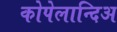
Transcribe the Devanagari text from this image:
कोपेलान्दिअ